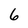
Character: 6